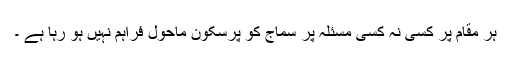
ہر مقام پر کسی نہ کسی مسئلہ پر سماج کو پرسکون ماحول فراہم نہیں ہو رہا ہے ۔